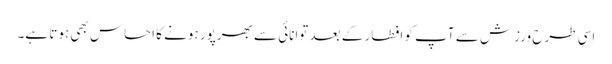
اسی طرح ورزش سے آپ کو افطار کے بعد توانائی سے بھرپور ہونے کا احساس بھی ہوتا ہے۔